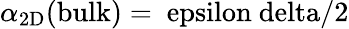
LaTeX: \alpha_{\mathrm{2D}}(\mathrm{bulk)=\ epsilon\ delta/2}